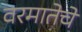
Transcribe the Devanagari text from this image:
वरमातेचे